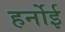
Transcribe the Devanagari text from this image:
हर्नोई